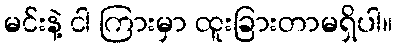
မင်းနဲ့ ငါ ကြားမှာ ထူးခြားတာမရှိပါ။